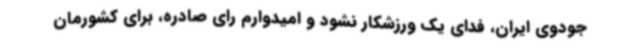
جودوی ایران، فدای یک ورزشکار نشود و امیدوارم رای صادره، برای کشورمان